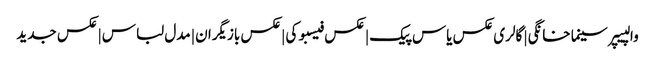
والپیپر سینما خانگی | گالری عکس یاس پیک | عکس فیسبوکی | عکس بازیگران | مدل لباس | عکس جدید